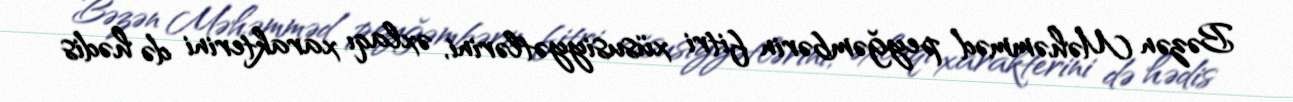
Bəzən Məhəmməd peyğəmbərin fitri xüsusiyyətlərini, əxlaqı xarakterini də hədis